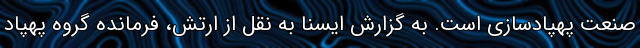
صنعت پهپادسازی است. به گزارش ایسنا به نقل از ارتش، فرمانده گروه پهپاد